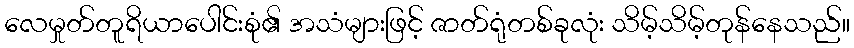
လေမှုတ်တူရိယာပေါင်းစုံ၏ အသံများဖြင့် ဇာတ်ရုံတစ်ခုလုံး သိမ့်သိမ့်တုန်နေသည်။